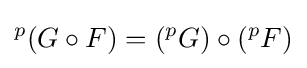
{}^{p}(G\circ F)=({}^{p}G)\circ ({}^{p}F)